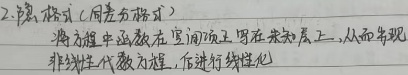
2. 隐格式（用差分式）将方程中函数在空间项写在未知层上，从而出现非线性代数方程，后进行线性化